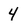
Character: 4